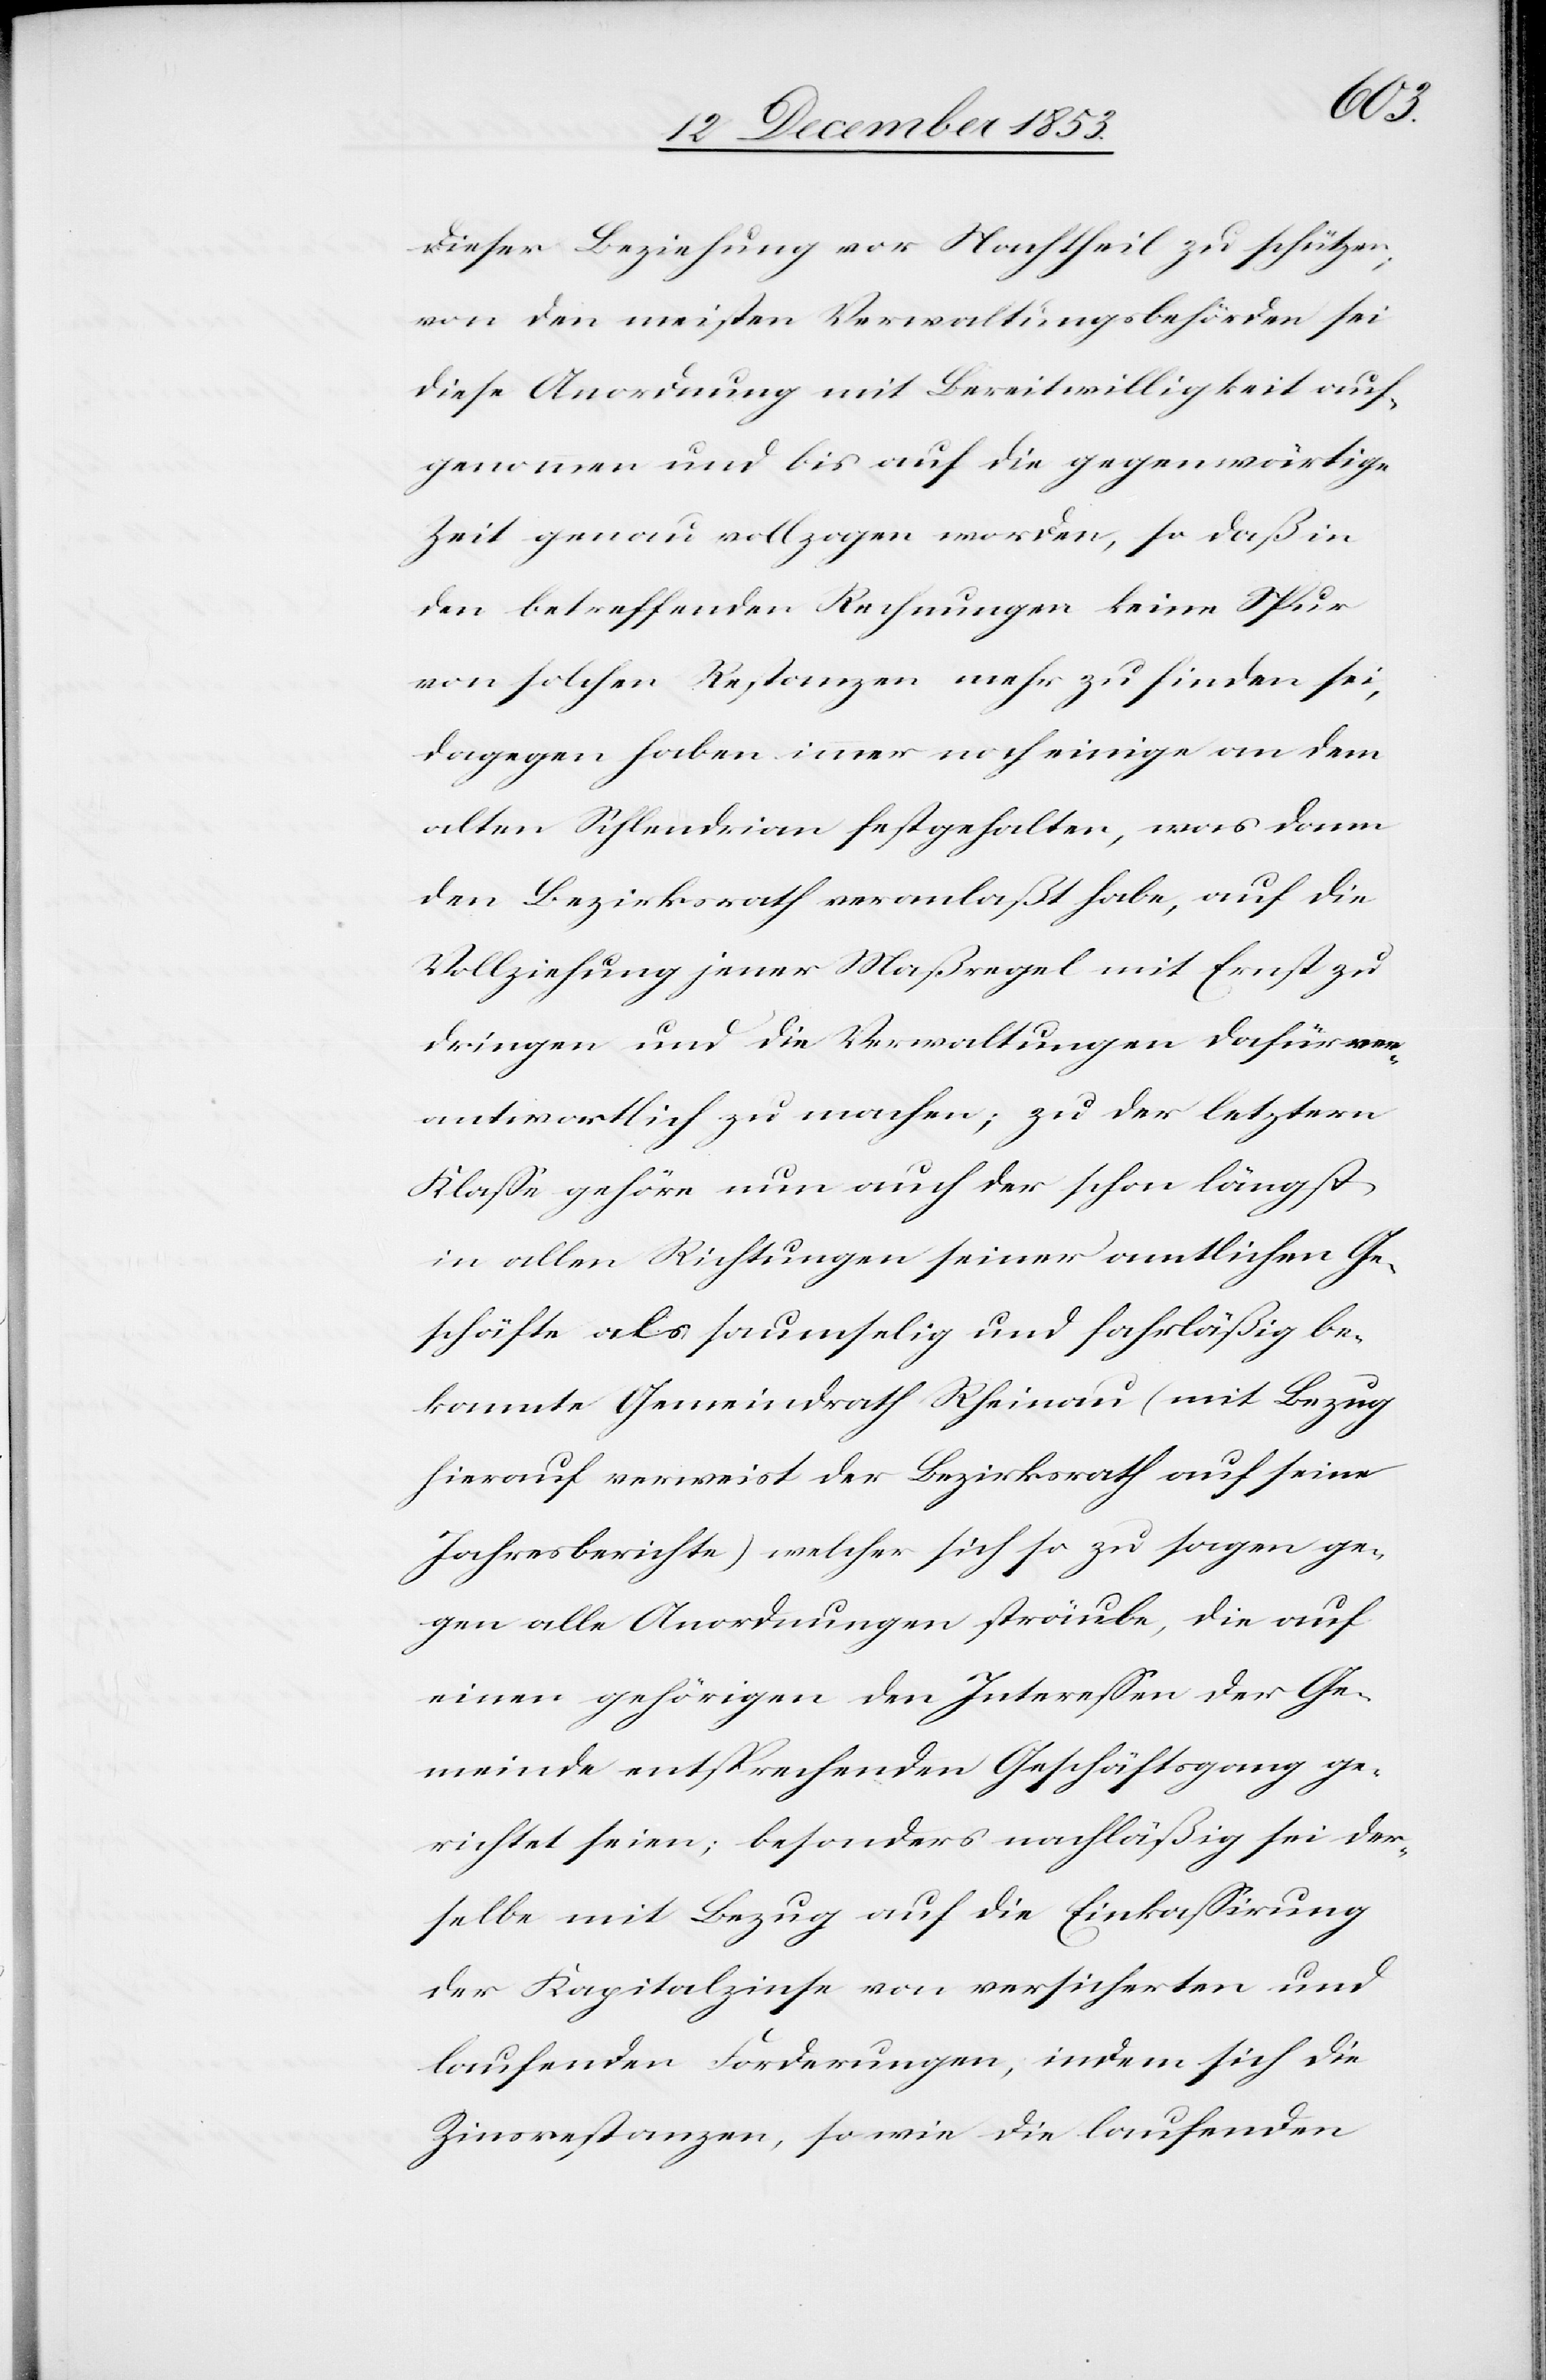
dieser Beziehung vor Nachtheil zu schützen;
von den meisten Verwaltungsbehörden sei
diese Anordnung mit Bereitwilligkeit auf¬
genommen und bis auf die gegenwärtige
Zeit genau vollzogen worden, so daß in
den betreffenden Rechnungen keine Spur
von solchen Restanzen mehr zu finden sei,
dagegen haben immer noch einige an dem
alten Schlendrian festgehalten, was dann
den Bezirksrath veranlaßt habe, auf die
Vollziehung jener Maßregel mit Ernst zu
dringen und die Verwaltungen dafür ver¬
antwortlich zu machen; zu der letztern
Klaße gehöre nun auch der schon längst
in allen Richtungen seiner amtlichen Ge¬
schäfte als saumselig und fahrläßig be¬
kannte Gemeindrath Rheinau (mit Bezug
hierauf verweist der Bezirksrath auf seine
Jahresberichte) welcher sich so zu sagen ge¬
gen alle Anordnungen sträube, die auf
einen gehörigen den Intereßen der Ge¬
meinde entsprechenden Geschäftsgang ge¬
richtet seien, besonders nachläßig sei der¬
selbe mit Bezug auf die Einkaßirung
der Kapitalzinse von versicherten und
laufenden Forderungen, indem sich die
Zinsrestanzen, sowie die laufenden